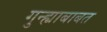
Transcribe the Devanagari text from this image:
गुन्ह्याबाबत